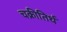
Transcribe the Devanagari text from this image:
चक्रीतिर्थ